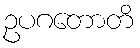
ဥပဂတောတိ